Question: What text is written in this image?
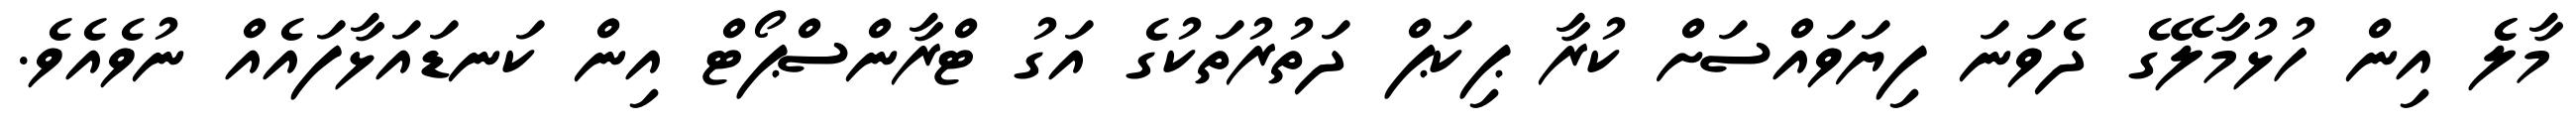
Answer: މާލެެ އިން ހުޅުމާލޭގެ ދެވަނަ ފިޔަވައްސަށް ކުރާ ޕިކަޕް ދަތުރުތަކުގެ އަގު ޓްރާންސްޕޯޓް އިން ކަނޑައަޅާފައެއް ނުވެއެވެ.